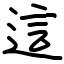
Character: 這